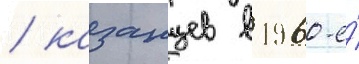
/ казанцев в 1960-е́